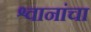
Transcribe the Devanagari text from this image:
श्वानांचा